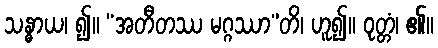
သန္ဓာယ၊ ၍။ “အတီတဿ မဂ္ဂဿာ”တိ၊ ဟူ၍။ ဝုတ္တံ၊ ၏။